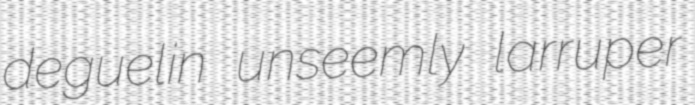
deguelin unseemly larruper